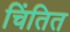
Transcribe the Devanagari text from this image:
चिंतित